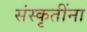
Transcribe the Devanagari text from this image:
संस्कृतींना